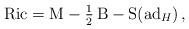
LaTeX: \begin{align*}{\rm Ric}= {\rm M}-\tfrac 12\, {\rm B}-{\rm S}({\rm ad}_{H})\, ,\end{align*}